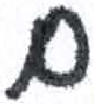
אות: ם